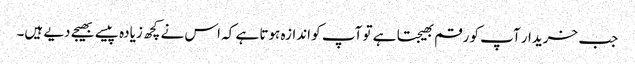
جب خریدار آپ کو رقم بھیجتا ہے تو آپ کو اندازہ ہوتا ہے کہ اس نے کچھ زیادہ پیسے بھیجے دیے ہیں۔